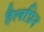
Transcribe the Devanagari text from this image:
हैलप्रिन